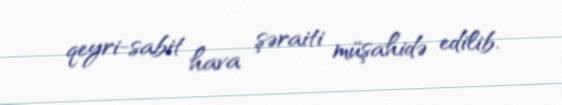
qeyri-sabit hava şəraiti müşahidə edilib.